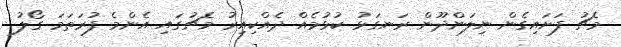
މެޗު ފަށައިގެން ނިލަންދޫން ރަނގަޅު ކުޅުމެއް ދެއްކިއިރު މެޗުގައި އެންމެ ފުރަތަމަ ގޯލު